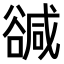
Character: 𧯃